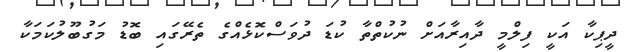
ދީޕިކާ އަކީ ފިލްމީ ދާއިރާއަށް ނުކުތްތާ ކުޑަ ދުވަސްކޮޅެއްގެ ތެރޭގައި ބޮޑު މަގުބޫލުކަމަކާ